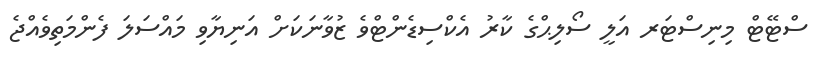
ސްޓޭޓް މިނިސްޓަރ އަލީ ސޯލިޙްގެ ކާރު އެކްސިޑެންޓްވެ ޒުވާނަކަށް އަނިޔާވި މައްސަލަ ފެންމަތިވެއްޖެ